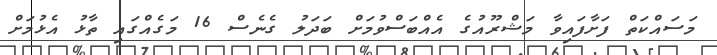
މަސައްކަތް ފަށާފައިވާ މަޝްރޫއުގެ އެއްބަސްވުމަށް ބަދަލު ގެނެސް 16 މަގެއްގައި ތާޅު އެޅުމަށް